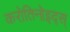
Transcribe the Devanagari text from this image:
करोतिनोइद्स्